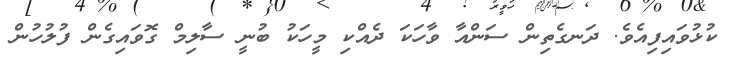
ކުޅުވައިފިއެވެ. ދަނގެތިން ސަންއާ ވާހަކަ ދެއްކި މީހަކު ބުނީ ސާލިމް ގޮވައިގެން ފުލުހުން